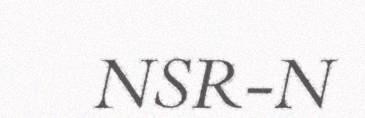
NSR-N